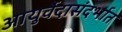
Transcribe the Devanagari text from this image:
आयुर्वेदासंदर्भात